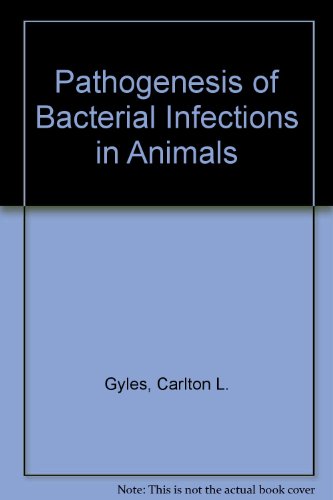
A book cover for Pathogenesis of Bacterial Infections in Animals; Carlton L. Gyles; Medical Books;